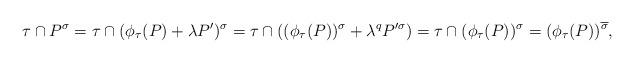
LaTeX: \begin{align*} \tau\cap P^{\sigma}=\tau\cap(\phi_{\tau}(P)+\lambda P')^{\sigma}=\tau\cap((\phi_{\tau}(P))^{\sigma}+\lambda^{q} P'^{\sigma})=\tau\cap(\phi_{\tau}(P))^{\sigma}=(\phi_{\tau}(P))^{\overline{\sigma}}, \end{align*}